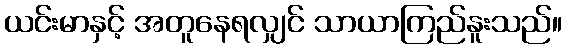
ယင်းမာနှင့် အတူနေရလျှင် သာယာကြည်နူးသည်။